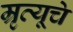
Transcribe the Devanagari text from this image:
म्रृत्यूचे